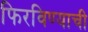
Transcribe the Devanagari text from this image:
फिरविण्याची